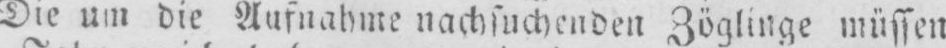
Die um die Aufnahme nachsuchenden Zöglinge müssen